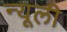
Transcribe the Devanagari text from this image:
न्यूली